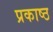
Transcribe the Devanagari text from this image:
प्रकाष्ठ